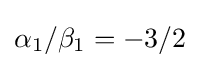
\alpha _{1}/\beta _{1}=-3/2